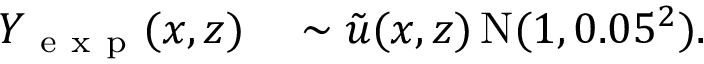
\begin{array} { r l } { Y _ { \mathrm { ~ e ~ x ~ p ~ } } ( x , z ) } & { { } \sim \tilde { u } ( x , z ) \, \mathrm { N } ( 1 , 0 . 0 5 ^ { 2 } ) . } \end{array}